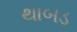
થાબડ